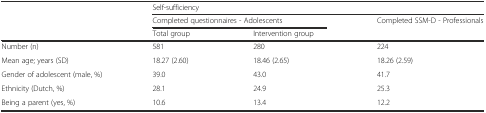
|  | <COLSPAN=3> Self-sufficiency |
 |  | <COLSPAN=2> Completed questionnaires - Adolescents | Completed SSM-D - Professionals |
 |  | Total group | Intervention group |  |
 | --- | --- | --- | --- |
 | Number (n) | 581 | 280 | 224 |
 | Mean age; years (SD) | 18.27 (2.60) | 18.46 (2.65) | 18.26 (2.59) |
 | Gender of adolescent (male, %) | 39.0 | 43.0 | 41.7 |
 | Ethnicity (Dutch, %) | 28.1 | 24.9 | 25.3 |
 | Being a parent (yes, %) | 10.6 | 13.4 | 12.2 |